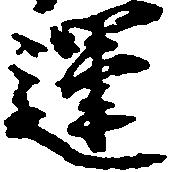
運